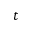
t